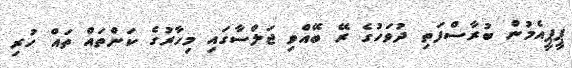
ޕީޕީއެމުން ބުރާސްފަތި ދުވަހުގެ ރޭ ބޭއްވި ޖަލްސާގައި މިހާރުގެ ކަންތައް ތައް ހުރި